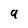
Character: 9